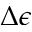
\Delta \epsilon